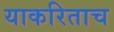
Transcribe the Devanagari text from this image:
याकरिताच